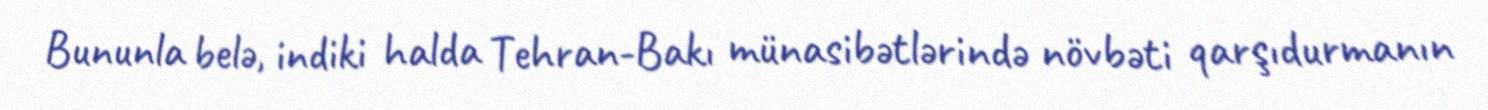
Bununla belə, indiki halda Tehran-Bakı münasibətlərində növbəti qarşıdurmanın